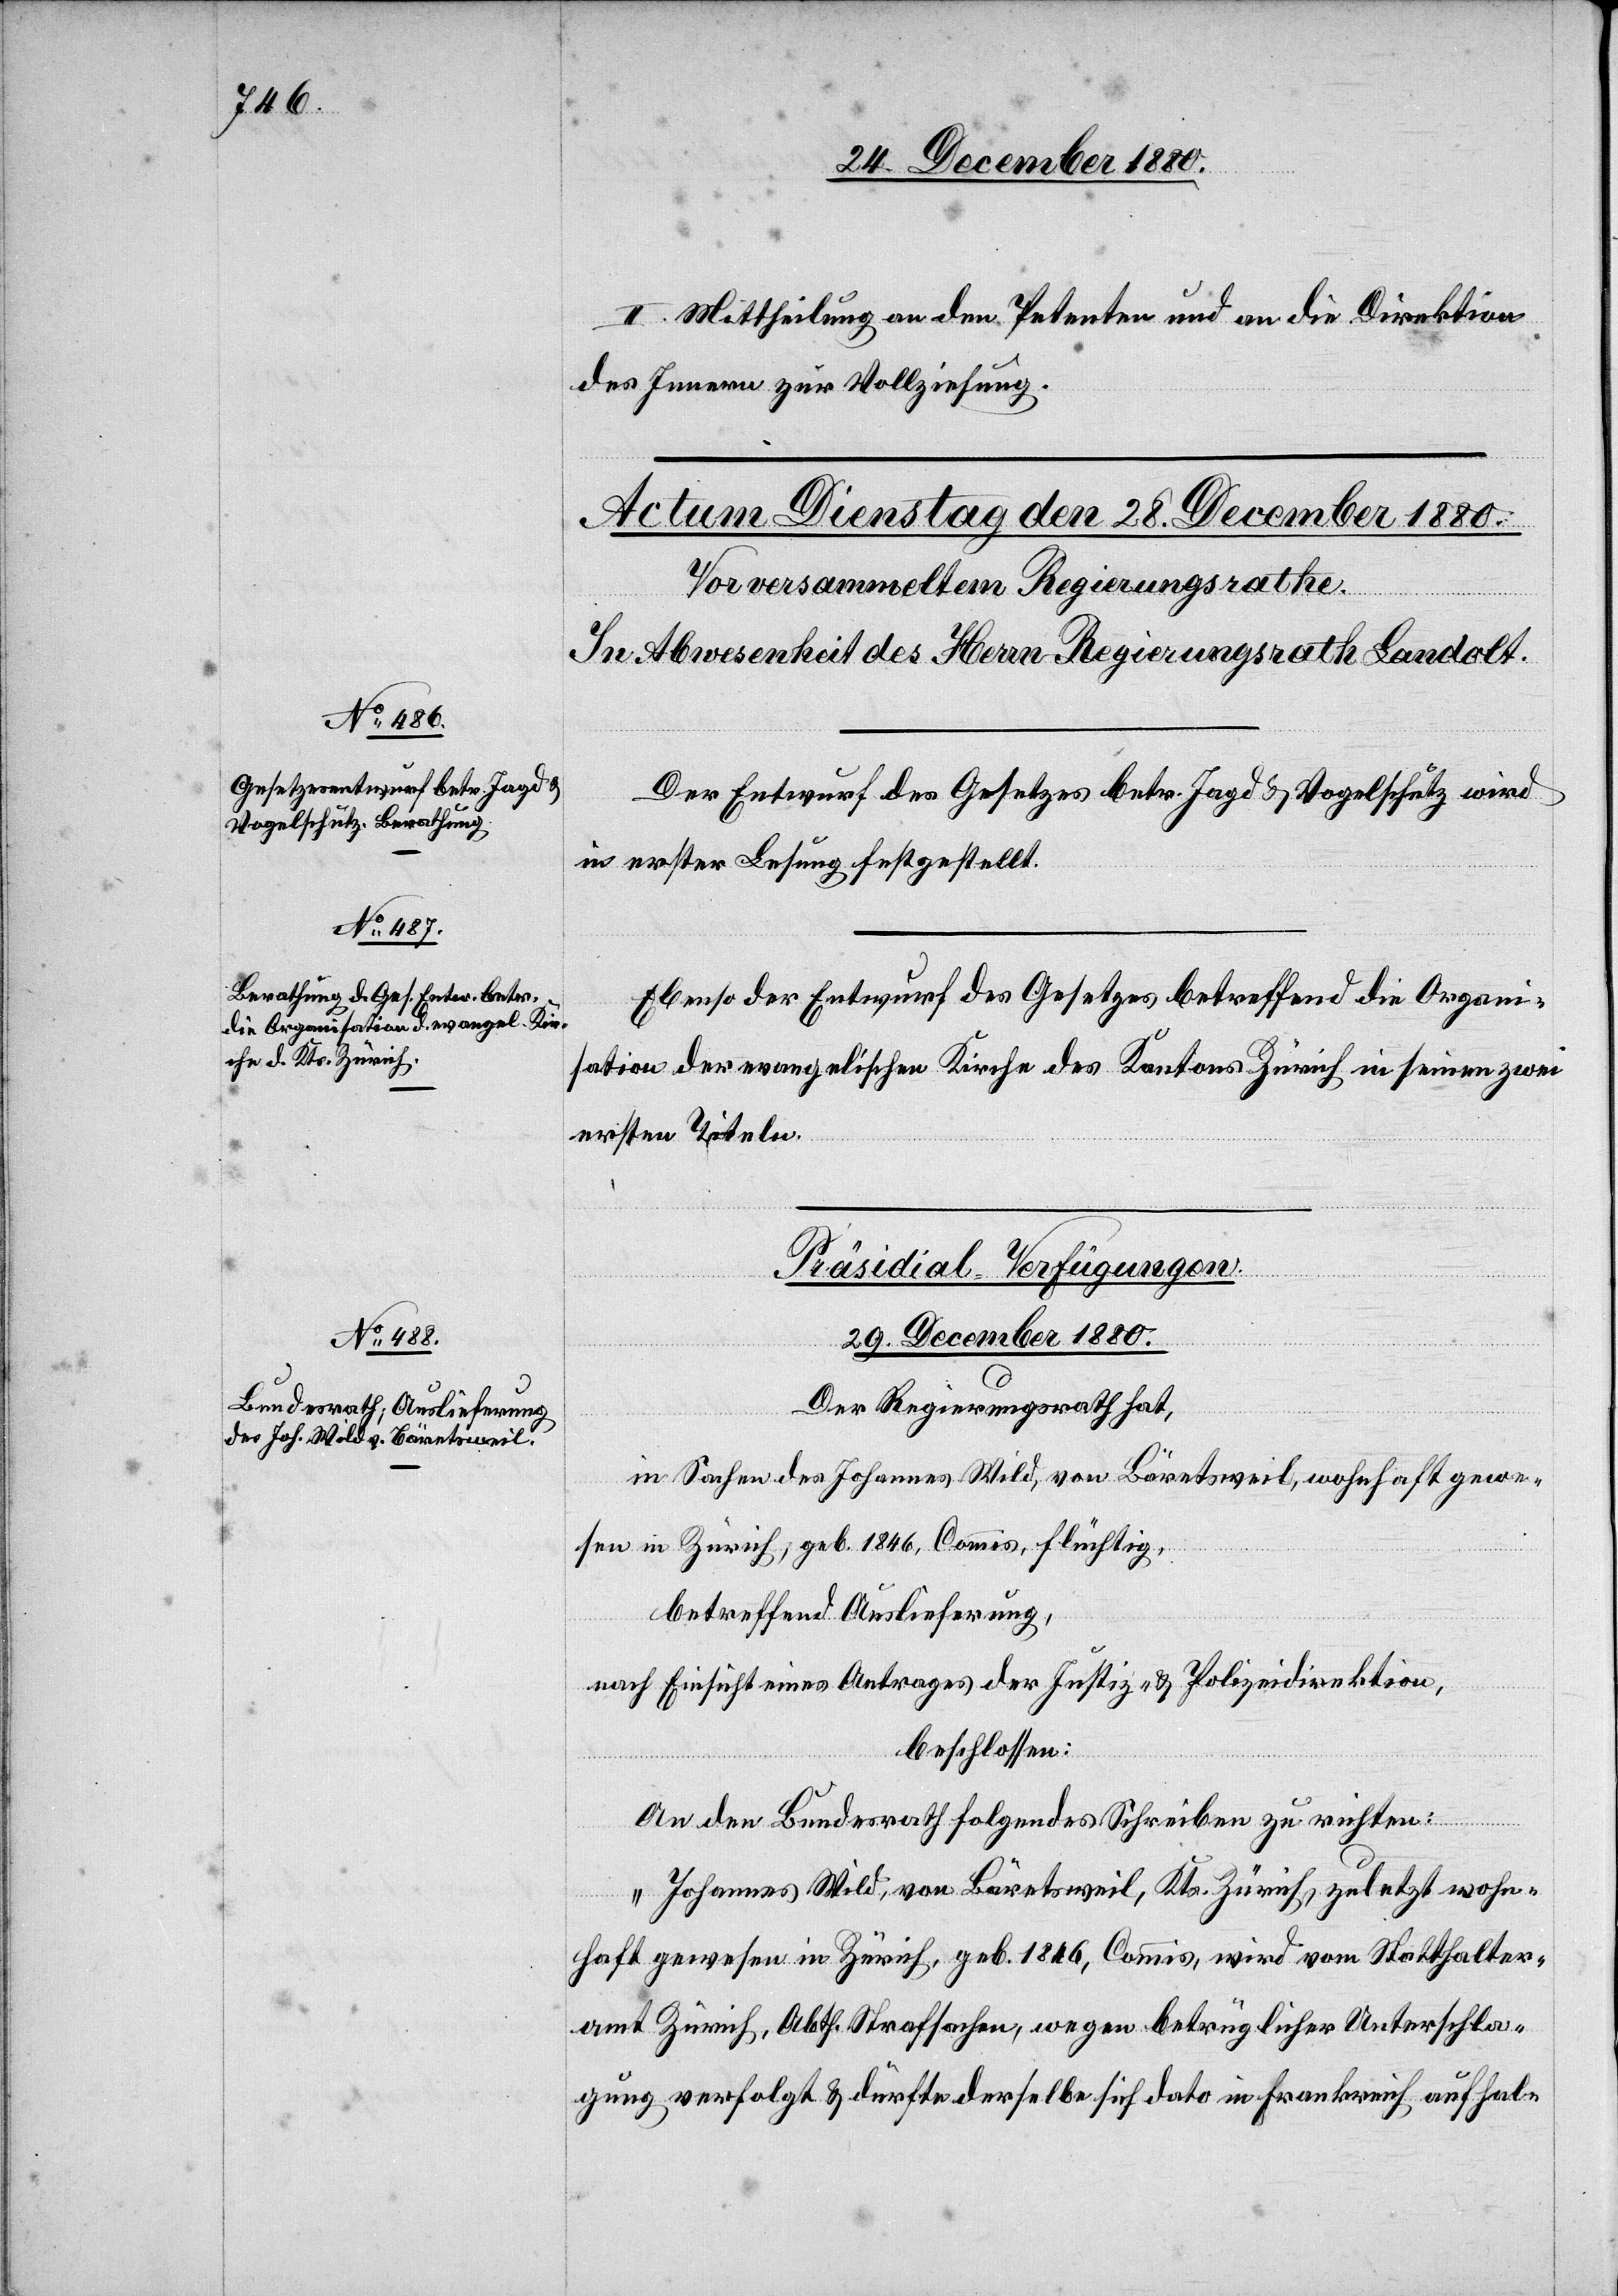
Der Entwurf des Gesetzes betr. Jagd & Vogelschutz wird
in erster Lesung festgestellt.
Ebenso der Entwurf des Gesetzes betreffend die Organi¬
sation der evangelischen Kirche des Kantons Zürich in seinen zwei
ersten Titeln.
Präsidial-Verfügungen.
29. December 1880.
Der Regierungsrath hat,
in Sachen des Johannes Wild, von Bäretsweil, wohnhaft gewe¬
sen in Zürich, geb. 1846, Commis, flüchtig,
betreffend Auslieferung,
nach Einsicht eines Antrages der Justiz- & Polizeidirektion,
beschlossen:
An den Bundesrath folgendes Schreiben zu richten:
„Johannes Wild, von Bäretsweil, Kts. Zürich, zuletzt wohn¬
haft gewesen in Zürich, geb. 1846, Commis, wird vom Statthalter¬
amt Zürich, Abth. Strafsachen, wegen betrüglicher Unterschla¬
gung verfolgt & dürfte derselbe sich dato in Frankreich aufhal-